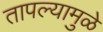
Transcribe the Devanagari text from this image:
तापल्यामुळे